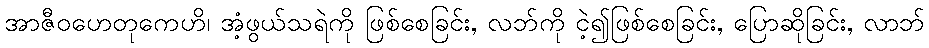
အာဇီဝဟေတုကေဟိ၊ အံ့ဖွယ်သရဲကို ဖြစ်စေခြင်း, လဘ်ကို ငဲ့၍ဖြစ်စေခြင်း, ပြောဆိုခြင်း, လာဘ်